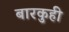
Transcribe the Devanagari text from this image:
बारकुही